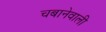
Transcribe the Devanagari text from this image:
चबानेवाली